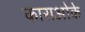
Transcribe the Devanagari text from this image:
काराओके